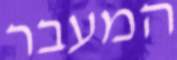
המעבר